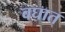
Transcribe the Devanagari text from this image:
वघात